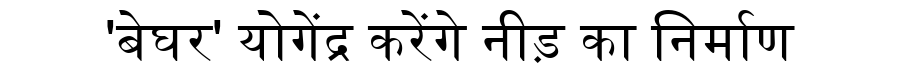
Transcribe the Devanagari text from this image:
'बेघर' योगेंद्र करेंगे नीड़ का निर्माण